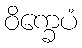
ဝိက္ခေပံ